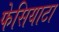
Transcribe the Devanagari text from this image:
फेसियाटा